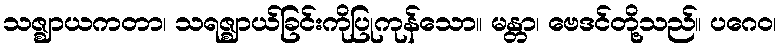
သဇ္ဈာယကတာ၊ သရဇ္ဈာယ်ခြင်းကိုပြုကုန်သော။ မန္တာ၊ ဗေဒင်တို့သည်။ ပဂေဝ၊